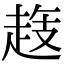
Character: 𧻝